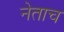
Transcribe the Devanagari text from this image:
नेताच